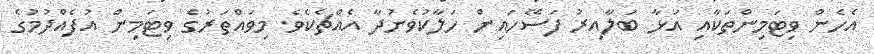
އެހެން ވިޓަމިންތަކާއި އަޅާ ބަލާއިރު ފަސޭހައިން ހަލާކުވެނުދާ އެއްޗެކެވެ. މިވައްތަރުގެ ވިޓަމިން އުފެއްދުމުގެ